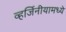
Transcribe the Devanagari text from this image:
व्हर्जिनीयामध्ये